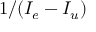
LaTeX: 1 / ( I _ { e } - I _ { u } )